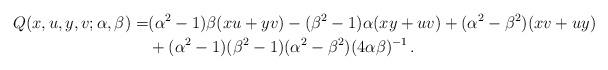
LaTeX: \begin{align*}Q(x,u,y,v;\alpha,\beta)=&(\alpha^2-1)\beta(xu+yv)-(\beta^2-1)\alpha(xy+uv)+(\alpha^2-\beta^2)(xv+uy)\phantom{=0\,.} \\&+(\alpha^2-1)(\beta^2-1)(\alpha^2-\beta^2)(4\alpha\beta)^{-1}\,.\end{align*}